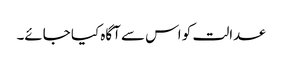
عدالت کو اس سے آگاہ کیا جائے۔